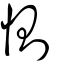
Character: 惻